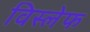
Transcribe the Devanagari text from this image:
विस्लेफ